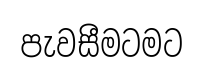
පැවසීමටමට